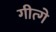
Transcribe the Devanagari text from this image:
गीत्गे